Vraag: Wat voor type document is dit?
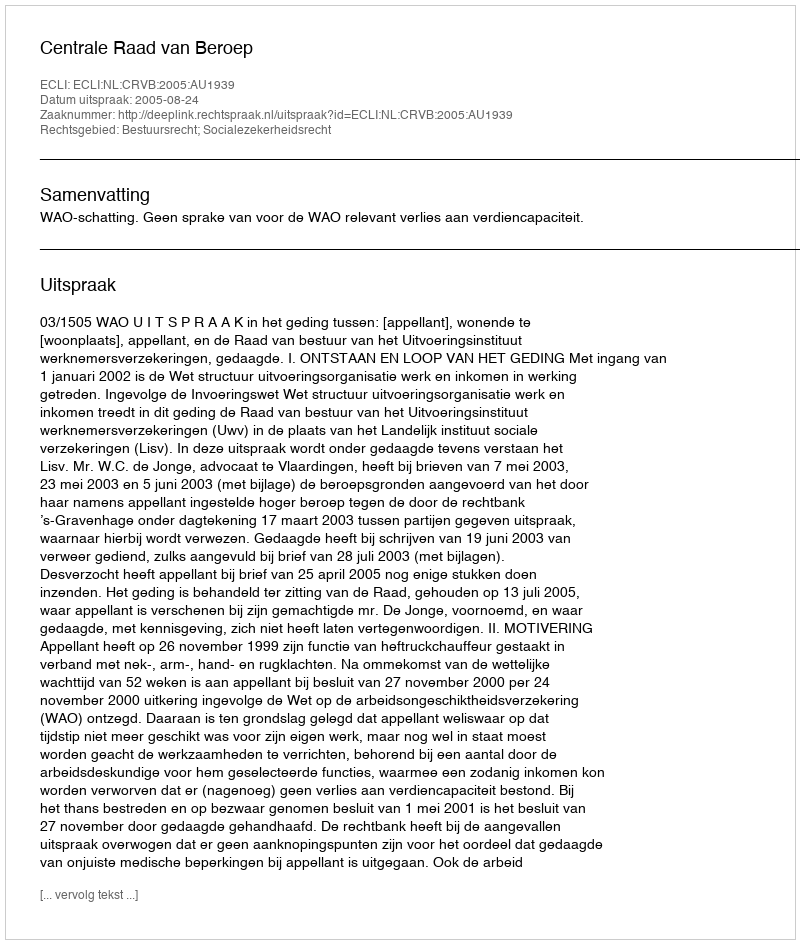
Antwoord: Uitspraak